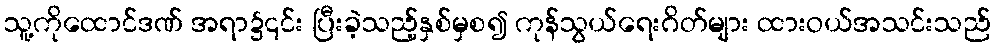
သူ့ကိုထောင်ဒဏ် အရာ၌၎င်း ပြီးခဲ့သည့်နှစ်မှစ၍ ကုန်သွယ်ရေးဂိတ်များ ထားဝယ်အသင်းသည်